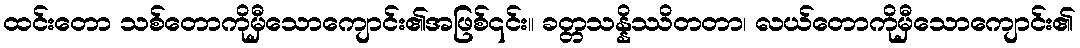
ထင်းတော သစ်တောကိုမှီသောကျောင်း၏အဖြစ်၎င်း။ ခတ္တသန္နိဿိတတာ၊ လယ်တောကိုမှီသောကျောင်း၏